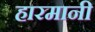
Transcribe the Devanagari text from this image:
हारमानी